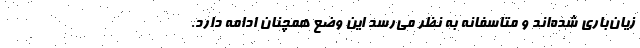
زیان‌باری شده‌اند و متاسفانه به نظر می‌رسد این وضع همچنان ادامه دارد.